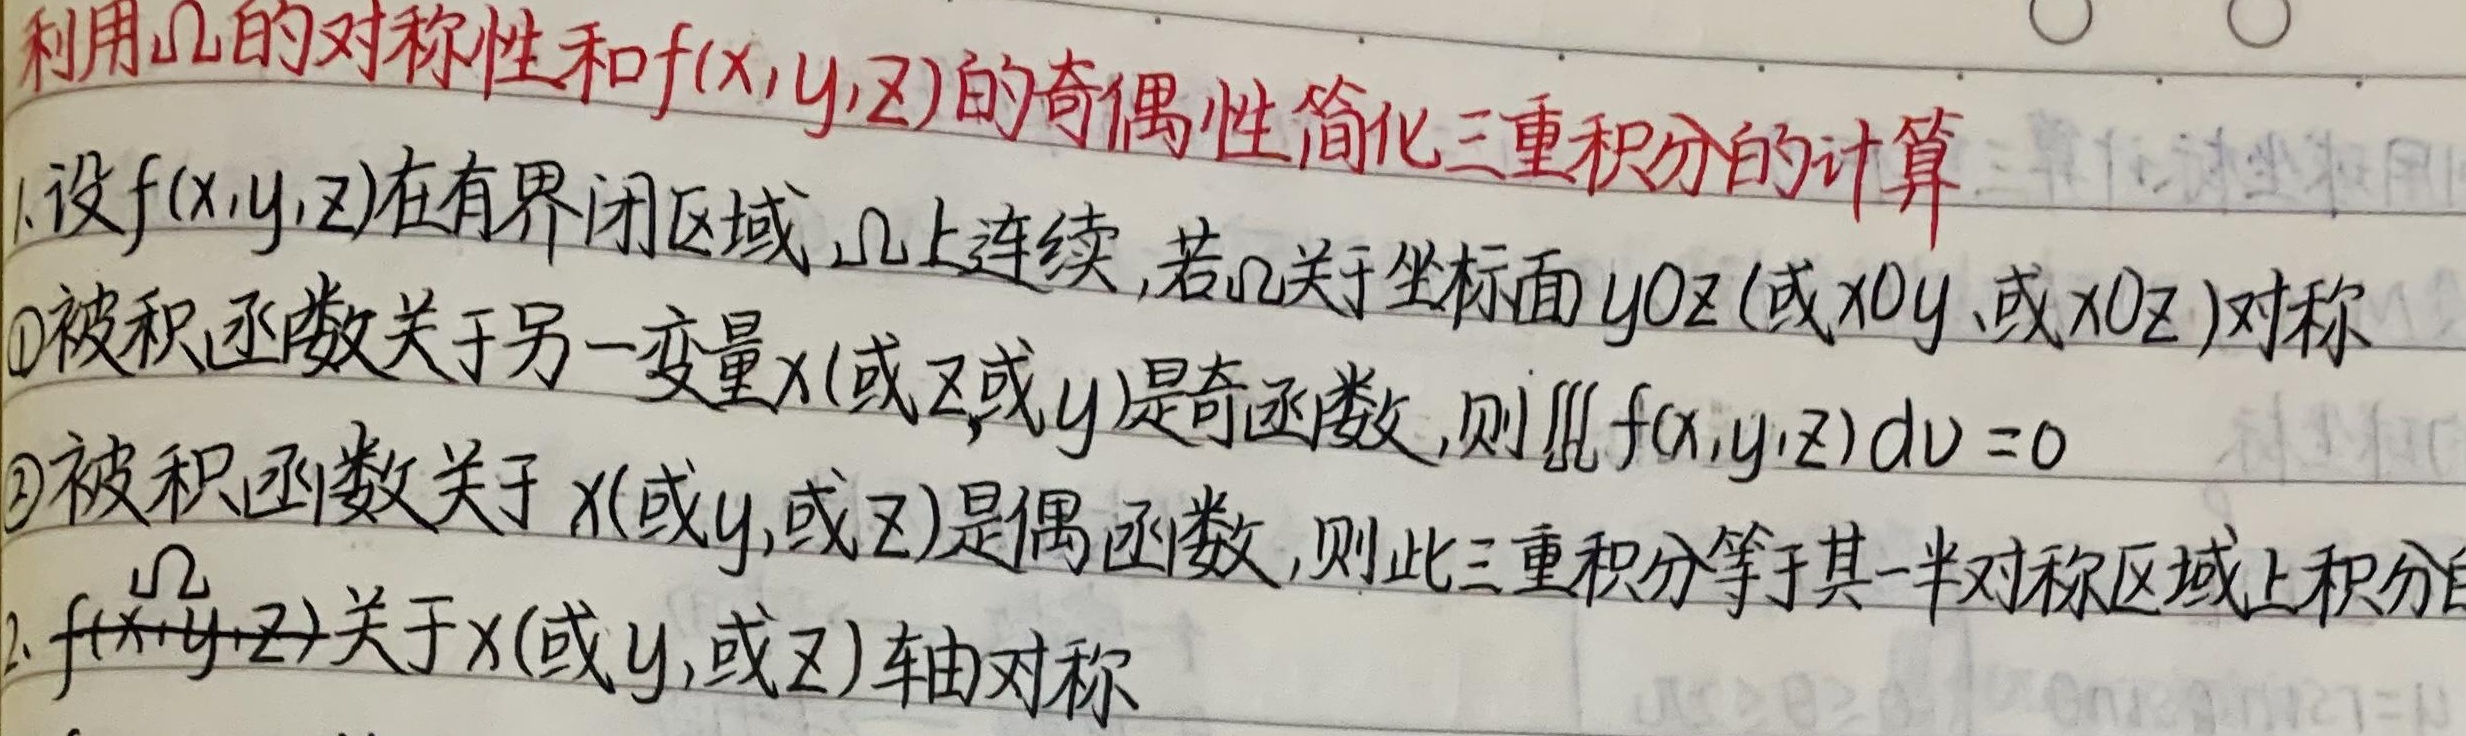
利用\(\Omega\)的对称性和\(f(x,y,z)\)的奇偶性简化三重积分的计算。
1. 设\(f(x,y,z)\)在有界闭区域\(\Omega\)上连续，若\(\Omega\)关于坐标面\(yOz\)（或\(xOy\)、或\(xOz\)）对称：
    - \textcircled{1}被积函数关于另一变量\(x\)（或\(z\)或\(y\)）是奇函数，则\(\iiint_{\Omega} f(x,y,z)dv = 0\)。
    - \textcircled{2}被积函数关于 \(x\)（或\(y\)，或\(z\)）是偶函数，则此三重积分等于其一半对称区域上积分的\(2\)倍。
2. \(f(x,y,z)\)关于\(x\)（或 \(y\)，或\(z\)）轴对称 。